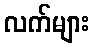
လက်များ